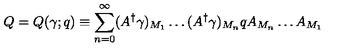
Q = Q ( \gamma ; q ) \equiv \sum _ { n = 0 } ^ { \infty } ( A ^ { \dagger } \gamma ) _ { M _ { 1 } } \ldots ( A ^ { \dagger } \gamma ) _ { M _ { n } } q A _ { M _ { n } } \ldots A _ { M _ { 1 } }